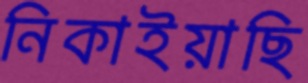
নিকাইয়াছি